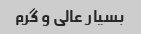
بسیار عالی و گرم